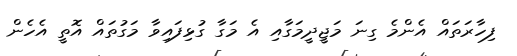
ފިހާރަތައް އެންމެ ގިނަ މަޖީދީމަގާއި އެ މަގާ ގުޅިފައިވާ މަގުތައް އޮތީ އެހެން